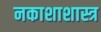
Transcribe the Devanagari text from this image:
नकाशाशास्त्र